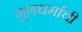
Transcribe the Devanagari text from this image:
गुणधर्माची